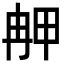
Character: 𤱣